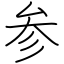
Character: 参